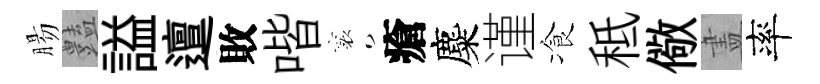
腸𧰟謚邅敗喈襄瘡麋谨飡秪儆𥁞率